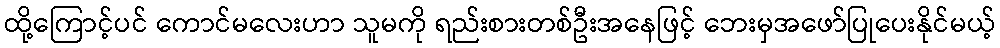
ထို့ကြောင့်ပင် ကောင်မလေးဟာ သူမကို ရည်းစားတစ်ဦးအနေဖြင့် ဘေးမှအဖော်ပြုပေးနိုင်မယ့်